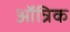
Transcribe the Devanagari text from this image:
ऑन्रिक